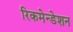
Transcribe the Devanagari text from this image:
रिकमेन्डेशन